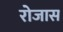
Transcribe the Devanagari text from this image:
रोजास